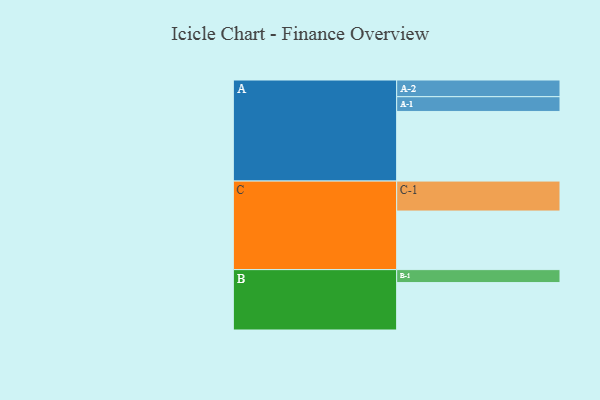
{"axis": {"x": "Segment", "y": "Value"}, "legend": ["", "A", "B", "C"], "data": [{"x": "A", "y": 467, "type": ""}, {"x": "B", "y": 318, "type": ""}, {"x": "C", "y": 393, "type": ""}, {"x": "A-1", "y": 99, "type": "A"}, {"x": "A-2", "y": 112, "type": "A"}, {"x": "B-1", "y": 87, "type": "B"}, {"x": "C-1", "y": 201, "type": "C"}]}